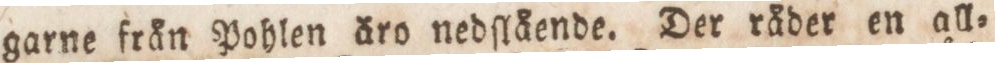
garne från Pohlen äro nedſlående. Der råder en all=